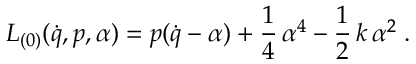
L _ { ( 0 ) } ( \dot { q } , p , \alpha ) = p ( \dot { q } - \alpha ) + \frac 1 4 \, \alpha ^ { 4 } - \frac 1 2 \, k \, \alpha ^ { 2 } \; .